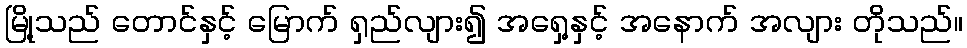
မြို့သည် တောင်နှင့် မြောက် ရှည်လျား၍ အရှေ့နှင့် အနောက် အလျား တိုသည်။